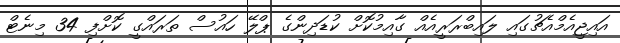
އައިޖީއެމްއެޗުގައި ލައިބްރަރީއެއް ގާއިމުކޮށް ކުޑަދިންގެ ޕްލޭ ހައުސް ތަރައްގީ ކޮށްފި 34 މިނެޓް